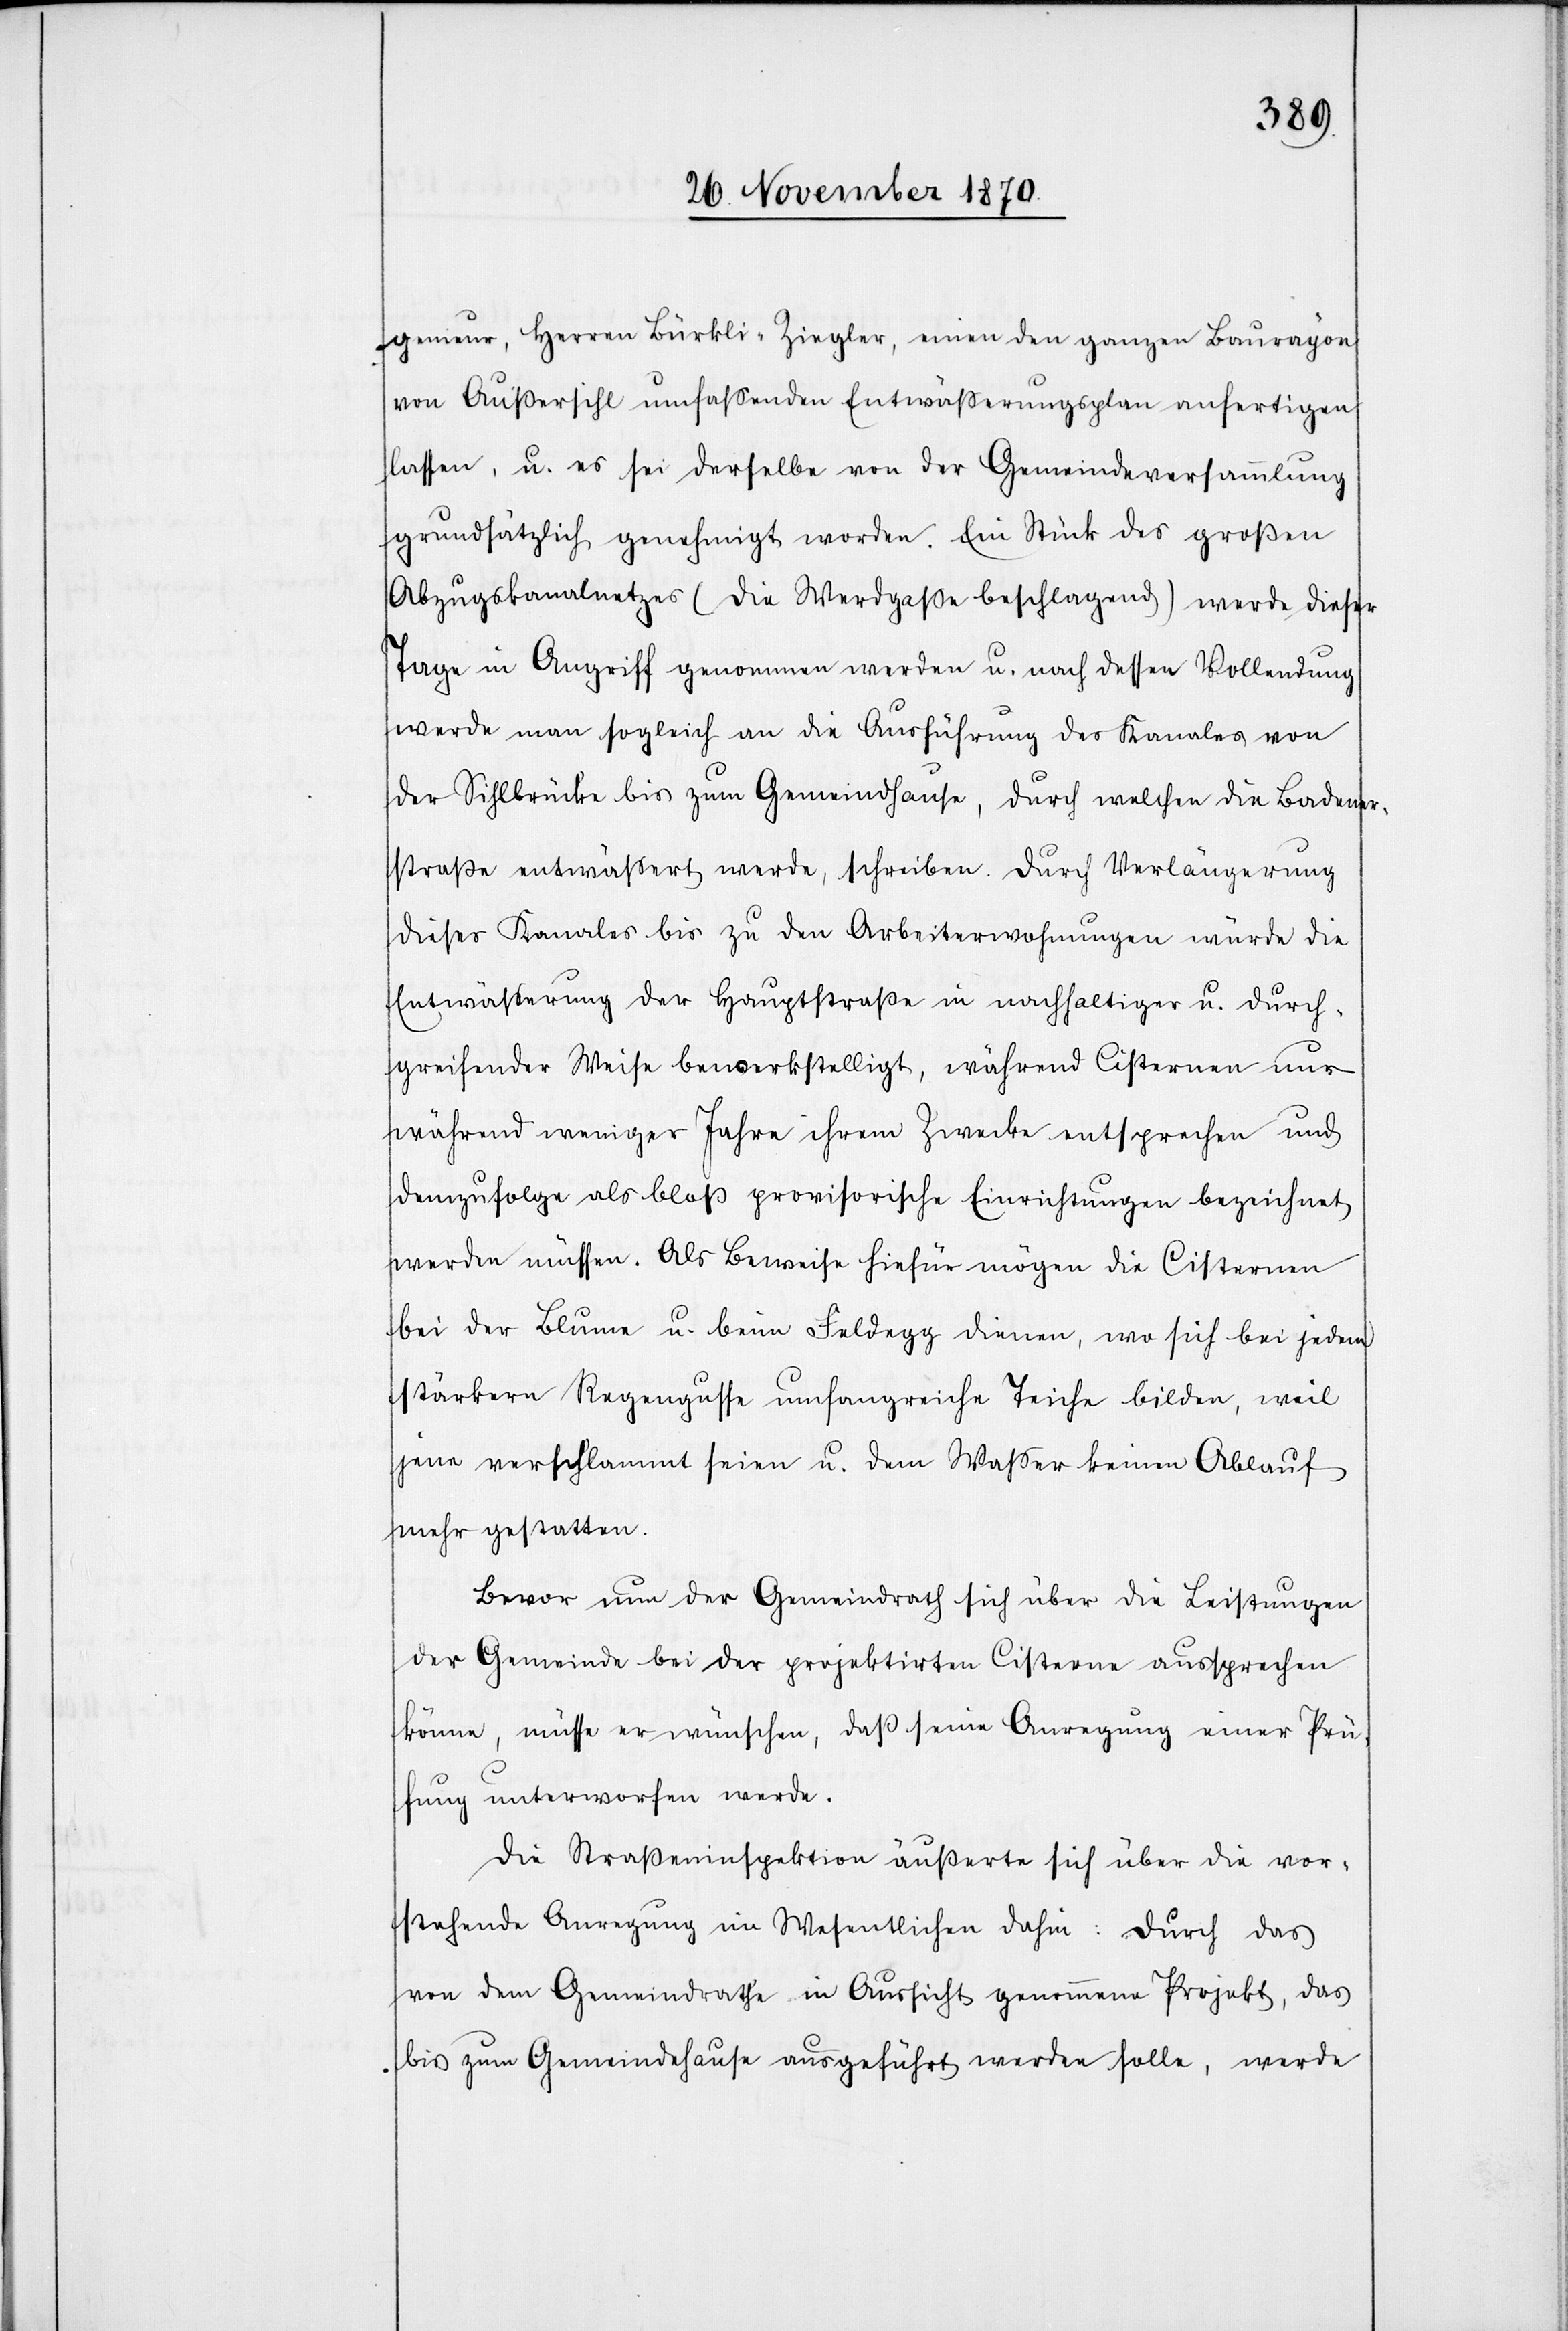
genieur, Herren Bürkli-Ziegler, einen den ganzen Baurayon
von Außersihl umfassenden Entwäßerungsplan anfertigen
lassen, u. es sei derselbe von der Gemeindeversammlung
grundsätzlich genehmigt worden. Ein Stück des großen
Abzugskanalnetzes (die Werdgaße beschlagend) werde dieser
Tage in Angriff genommen werden u. nach dessen Vollendung
werde man sogleich an die Ausführung des Kanales von
der Sihlbrücke bis zum Gemeindhause, durch welchen die Badener¬
straße entwäßert werde, schreiten. Durch Verlängerung
dieses Kanales bis zu den Arbeiterwohnungen würde die
Entwäßerung der Hauptstraße in nachhaltiger u. durch¬
greifender Weise bewerkstelligt, während Cisternen nur
während weniger Jahre ihrem Zwecke entsprechen und
demzufolge als bloß provisorische Einrichtungen bezeichnet
werden müssen. Als Beweise hiefür mögen die Cisternen
bei der Blume u. beim Feldegg dienen, wo sich bei jedem
stärkern Regengusse umfangreiche Teiche bilden, weil
jene verschlammt seien u. dem Waßer keinen Ablauf
mehr gestatten.
Bevor nun der Gemeindrath sich über die Leistungen
der Gemeinde bei der projektirten Cisterne aussprechen
könne, müsse er wünschen, daß seine Anregung einer Prü¬
fung unterworfen werde.
Die Straßeninspektion äußerte sich über die vor¬
stehende Anregung im Wesentlichen dahin: Durch das
von dem Gemeindrathe in Aussicht genommene Projekt, das
bis zum Gemeindehause ausgeführt werden solle, werde